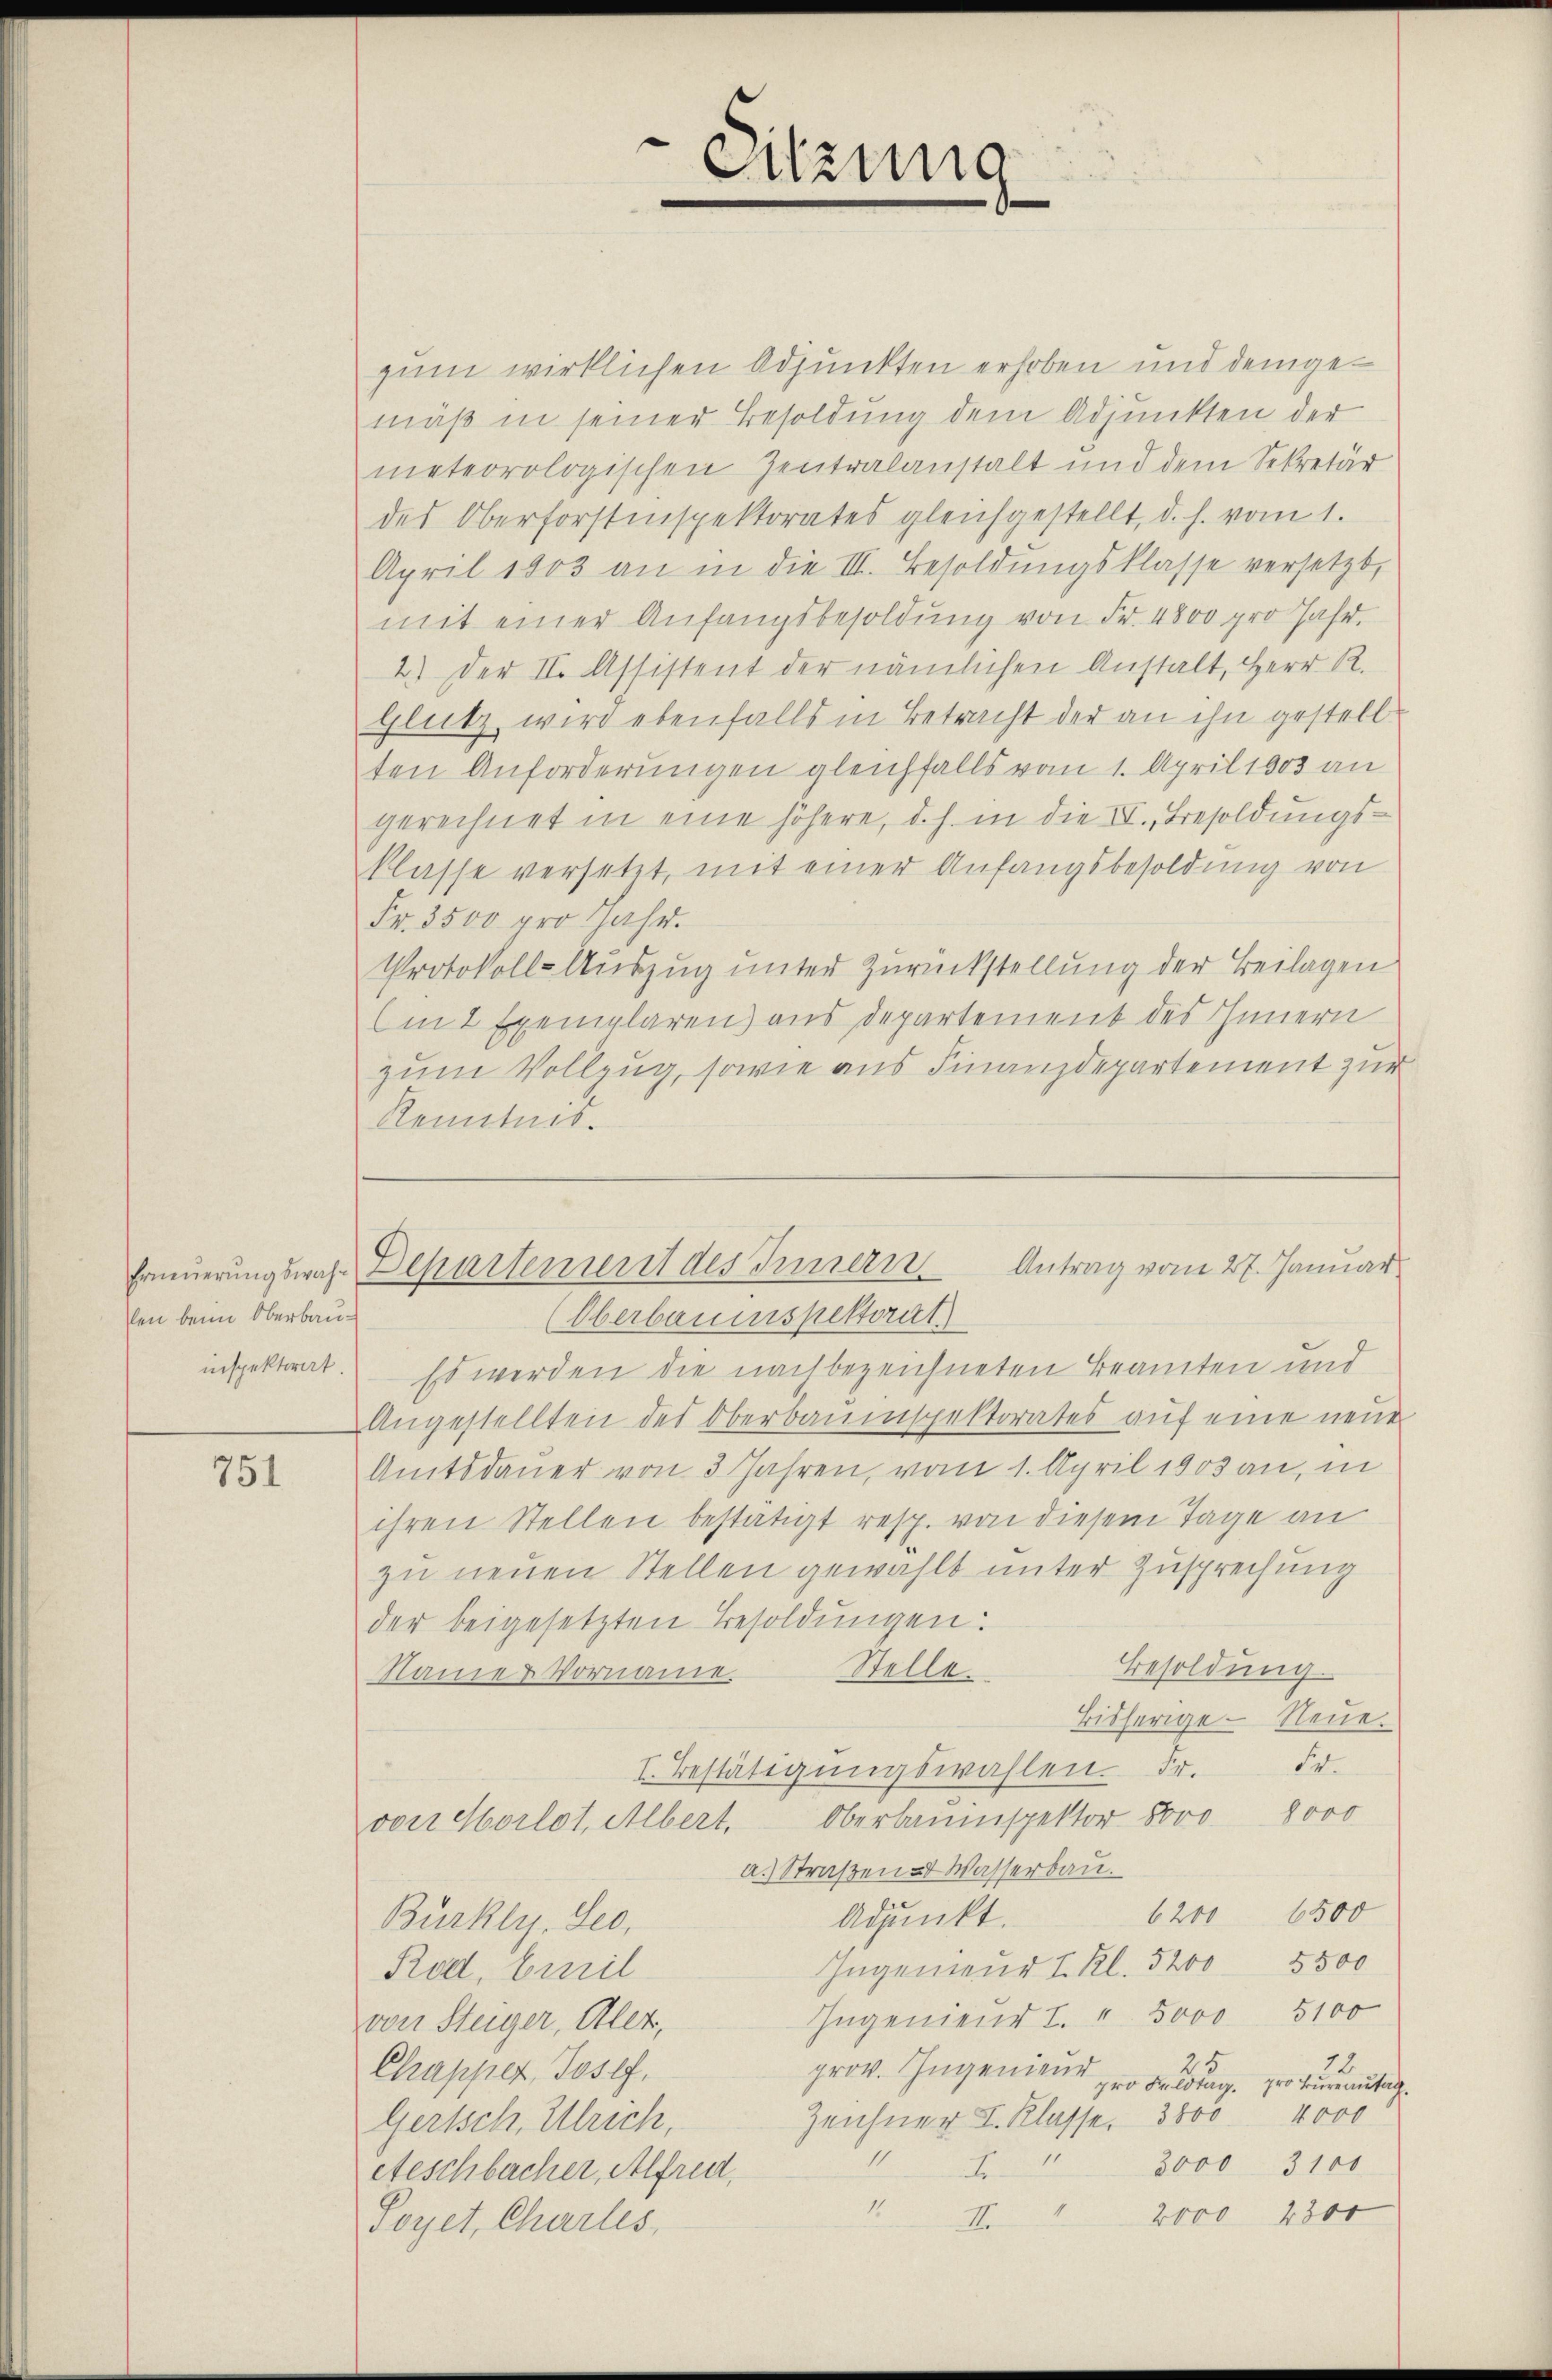
Erneuerungswahlen beim Oberbauinspektorat.

751

zum wirklichen Adjunkten erhoben und demgemäß in seiner Besoldung dem Adjunkten der
meteorologischen Zentralanstalt und dem Sekretär
des Oberforstinspektorates gleichgestellt, d. h. vom 1.
April 1803 an in die III. Besoldungsklasse versetzt,
mit einer Anfangsbesoldung von Fr. 4800 pro Jahr.
2.) Der II. Assistent der nämlichen Anstalt, Herr R.
Glutz wird ebenfalls in Betracht der an ihn gestell
ten Anforderungen gleichfalls vom 1. April 1803 an
gerechnet in eine höhere, d. h. in die IV., Besoldungsklasse versetzt, mit einer Anfangsbesoldung von
Fr. 3500 pro Jahr.
Protokoll-Auszug unter Zurückstellung der Beilagen
in 2 Exemplaren) aus Departement des Innern
zum Vollzug, sowie aus Finanzdepartement zur
Kenntnis.

Sitzung

Antrag vom 27. Januar
Departement des Innern

(Oberbauenspektorat
Es werden die nach bezeichneten Beamten und
Angestellten des Oberbauenspektorates auf eine neue
Amtsdauer von 3 Jahren, vom 1. April 1803 an, in
ihren Stellen bestätigt resp. von diesem Tage an
zu neuen Stellen gewählt unter Zusprechung
der beigesetzten Besoldungen:
Besoldung.
Names Vorname Stellt.
Bisherige - Neue.
Fr.
I. Bestätigungswahlen. Fr.
Oberbauinspektor 5000. 8000
von Morlot, Albert,
a. Straßen- Wasserbau.
6200 6500
Adjunkt.
Bürkly. Leo,
5500
Ingenieur I. Kl. 5200
Rod, Curil
5100
Ingeniend I. " 3000
von Steiger, Aler,
78
25
Chapper, Josef,
prov. Ingenieur Feldtag pro Bureautag
Zeichner I. Klasse, 3800 4000
Gerisch. Ulrich,
1
II
3000 3100
eteschbacher, Alfred,
11.
4
2000 4300
II.
Soyet, Charles